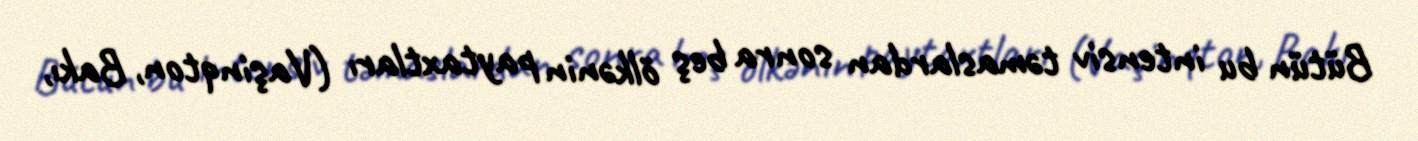
Bütün bu intensiv təmaslardan sonra beş ölkənin paytaxtları (Vaşinqton, Bakı,